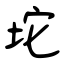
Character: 坨